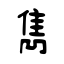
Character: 雋